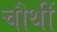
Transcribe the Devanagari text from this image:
चौथीं